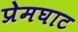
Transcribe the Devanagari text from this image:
प्रेमघाट